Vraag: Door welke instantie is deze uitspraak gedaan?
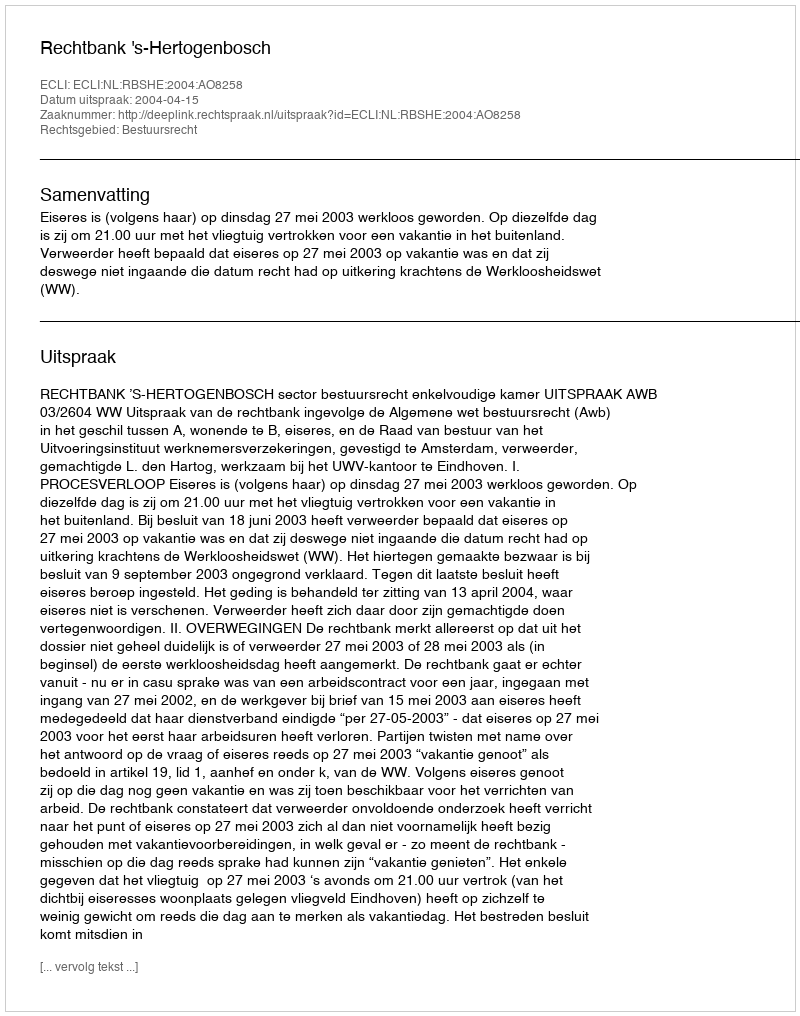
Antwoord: Rechtbank 's-Hertogenbosch